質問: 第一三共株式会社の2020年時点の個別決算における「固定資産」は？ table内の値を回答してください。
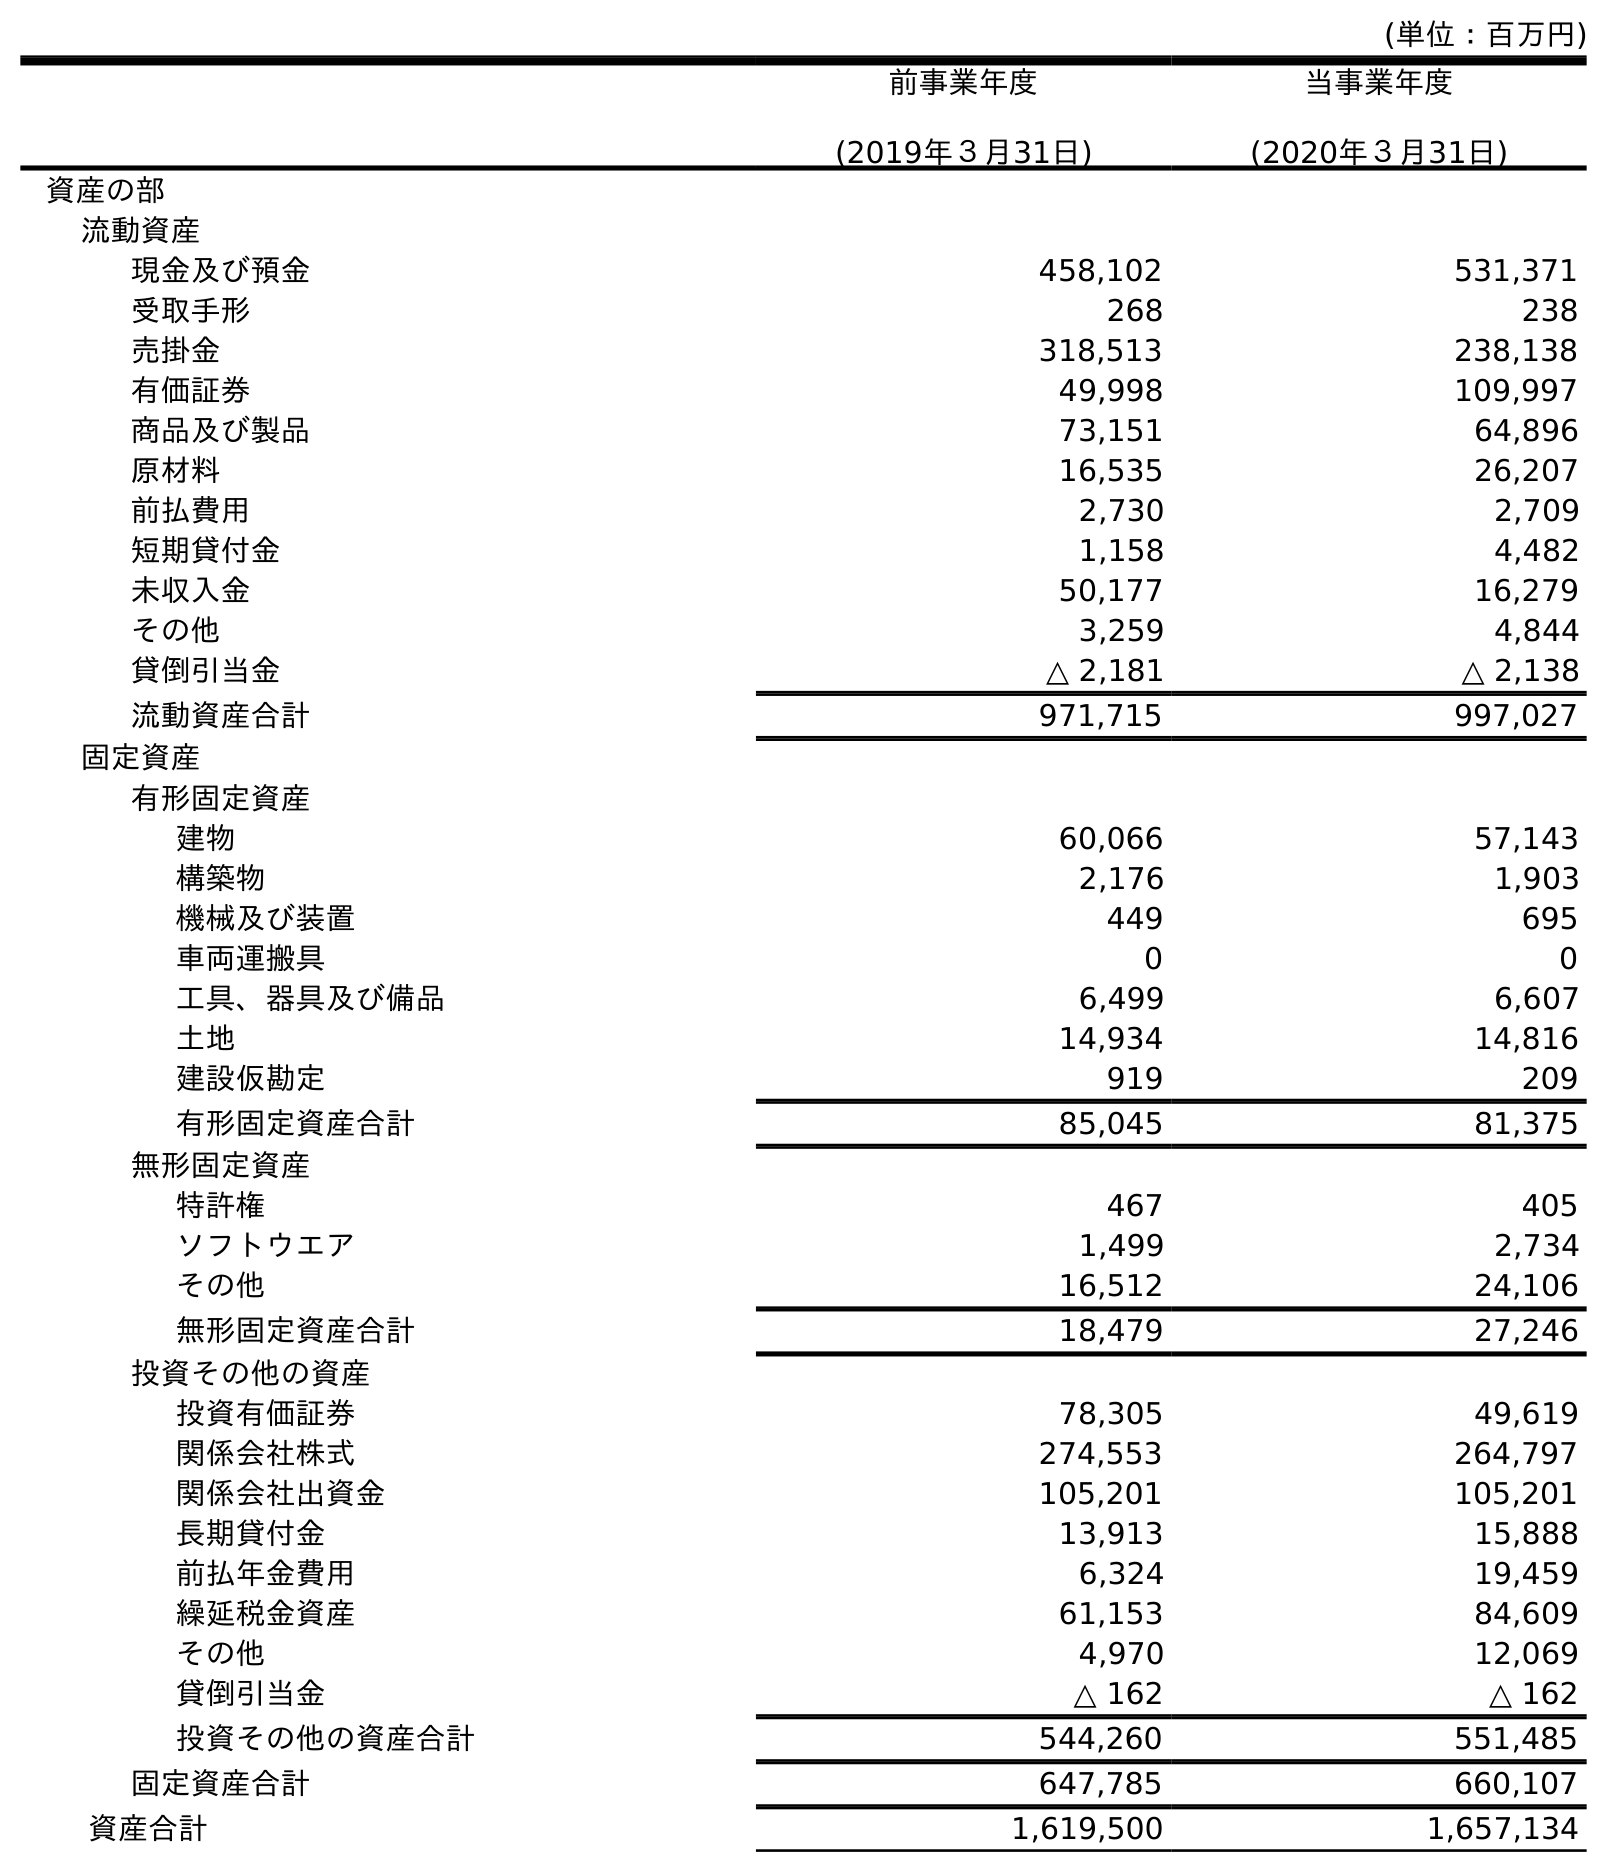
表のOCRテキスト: (単位：百万円) 前事業年度 (2019年３月31日) 当事業年度 (2020年３月31日) 資産の部 流動資産 現金及び預金 458,102 531,371 受取手形 268 238 売掛金 318,513 238,138 有価証券 49,998 109,997 商品及び製品 73,151 64,896 原材料 16,535 26,207 前払費用 2,730 2,709 短期貸付金 1,158 4,482 未収入金 50,177 16,279 その他 3,259 4,844 貸倒引当金 △ 2,181 △ 2,138 流動資産合計 971,715 997,027 固定資産 有形固定資産 建物 60,066 57,143 構築物 2,176 1,903 機械及び装置 449 695 車両運搬具 0 0 工具、器具及び備品 6,499 6,607 土地 14,934 14,816 建設仮勘定 919 209 有形固定資産合計 85,045 81,375 無形固定資産 特許権 467 405 ソフトウエア 1,499 2,734 その他 16,512 24,106 無形固定資産合計 18,479 27,246 投資その他の資産 投資有価証券 78,305 49,619 関係会社株式 274,553 264,797 関係会社出資金 105,201 105,201 長期貸付金 13,913 15,888 前払年金費用 6,324 19,459 繰延税金資産 61,153 84,609 その他 4,970 12,069 貸倒引当金 △ 162 △ 162 投資その他の資産合計 544,260 551,485 固定資産合計 647,785 660,107 資産合計 1,619,500 1,657,134
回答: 660,107